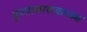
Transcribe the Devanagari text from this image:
पुस्ताकालयाध्यक्ष